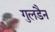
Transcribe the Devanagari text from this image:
गुलडैन